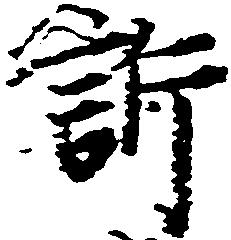
訴